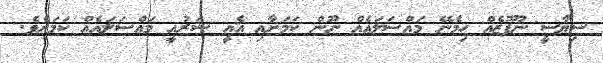
ސިޔާސީ ނުފޫޒެއް ހިމެނޭ މައްސަލައެއް ނޫން ކަމަށާއި އެއީ ޝަރުއީ މައްސަލައެއް ކަމަށެވެ.